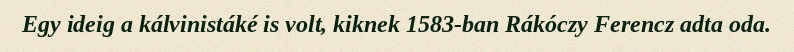
Egy ideig a kálvinistáké is volt, kiknek 1583-ban Rákóczy Ferencz adta oda.